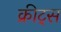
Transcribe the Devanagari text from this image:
क्रीट्स